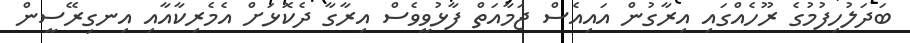
ބަދަލުހިފުމުގެ ރޫހެއްގައި އިރާގުން އައިއެސް ޖަމާއަތް ފާޅުވީވެސް އިރާގާ ދެކޮޅަށް އެމެރިކާއާއި އިނގިރޭސީން